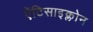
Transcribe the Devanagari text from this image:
ऐंटिसाइक्लोन